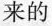
来的